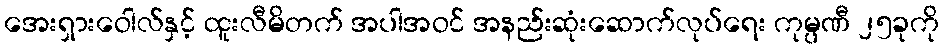
အေးရှားဝေါလ်နှင့် ထူးလီမိတက် အပါအဝင် အနည်းဆုံးဆောက်လုပ်ရေး ကုမ္ပဏီ ၂၅ခုကို